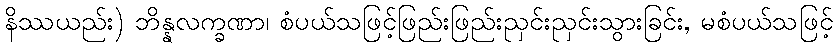
နိဿယည်း) ဘိန္နလက္ခဏာ၊ စံပယ်သဖြင့်ဖြည်းဖြည်းညှင်းညှင်းသွားခြင်း, မစံပယ်သဖြင့်